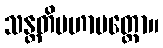
သန္တတိမဟာမတ္တော။